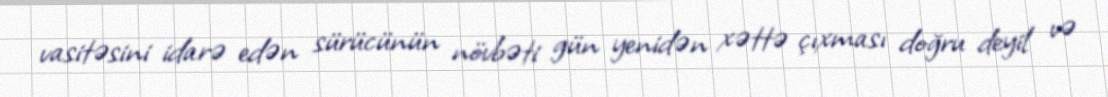
vasitəsini idarə edən sürücünün növbəti gün yenidən xəttə çıxması doğru deyil və